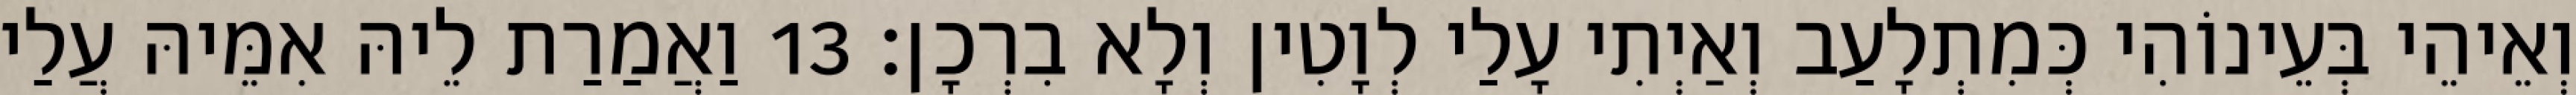
וְאֵיהֵי בְּעֵינוֹהִי כְּמִתְלָעַב וְאַיְתִי עָלַי לְוָטִין וְלָא בִרְכָן׃ 13 וַאֲמַרַת לֵיהּ אִמֵּיהּ עֲלַי